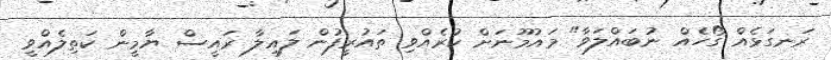
ރަނގަޅެއް ގޯހެއް ނުބައްލަވާ" މައުމޫނަށް ކުރެއްވި ތައުރީފުން ލައިލާ ރައީސް ޔާމީން ކަތިލެއްވީ